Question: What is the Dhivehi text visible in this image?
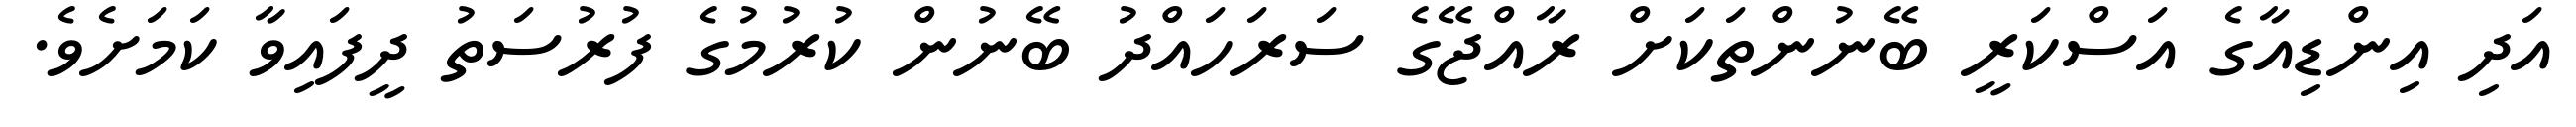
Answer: އަދި އިންޑިއާގެ އަސްކަރީ ބޭނުންތަކަށް ރާއްޖޭގެ ސަރަހައްދު ބޭނުން ކުރުމުގެ ފުރުސަތު ދީފައިވާ ކަމަށެވެ.